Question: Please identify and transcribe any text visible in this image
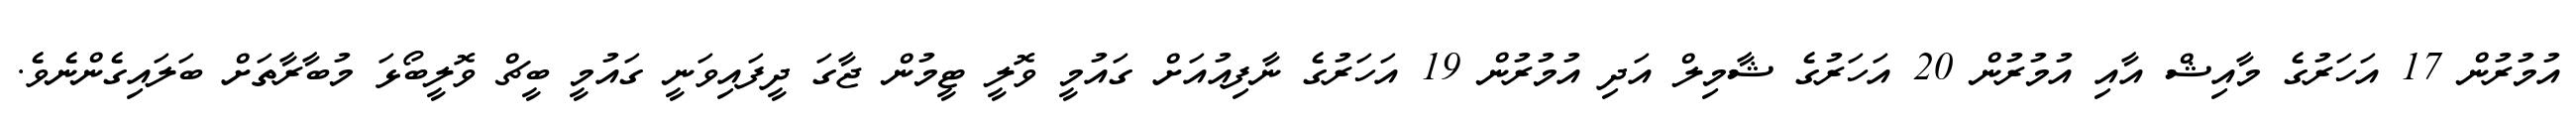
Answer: އުމުރުން 17 އަހަރުގެ މާއިޝް އާއި އުމުރުން 20 އަހަރުގެ ޝާމިލް އަދި އުމުރުން 19 އަހަރުގެ ނާފިއުއަށް ގައުމީ ވޮލީ ޓީމުން ޖާގަ ދީފައިވަނީ ގައުމީ ބީޗް ވޮލީބޯޅަ މުބާރާތަށް ބަލައިގެންނެވެ.